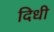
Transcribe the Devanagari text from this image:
दिधी